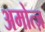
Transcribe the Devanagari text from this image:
अमोत्ज़